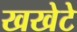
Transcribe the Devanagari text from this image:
खखेटे